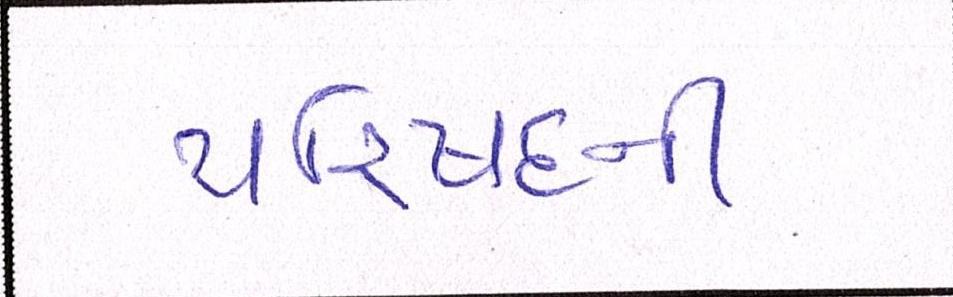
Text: પરિષદની